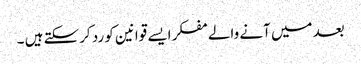
بعد میں آنے والے مفکر ایسے قوانین کو رد کرسکتے ہیں ۔